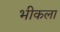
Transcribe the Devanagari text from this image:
भीकला